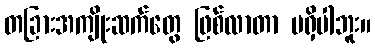
တခြားအကျိုးဆက်တွေ ဖြစ်လာတာ မရှိပါဘူး။